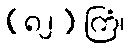
(၈၂) ကြံ၊